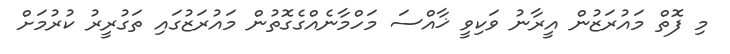
މި ފޮތް މައުރަޒުން އީރާނު ވަކިވީ ޚާއްސަ މަހްމާނެއްގެގޮތުން މައުރަޒުގައި ތަގުރީރު ކުރުމަށް